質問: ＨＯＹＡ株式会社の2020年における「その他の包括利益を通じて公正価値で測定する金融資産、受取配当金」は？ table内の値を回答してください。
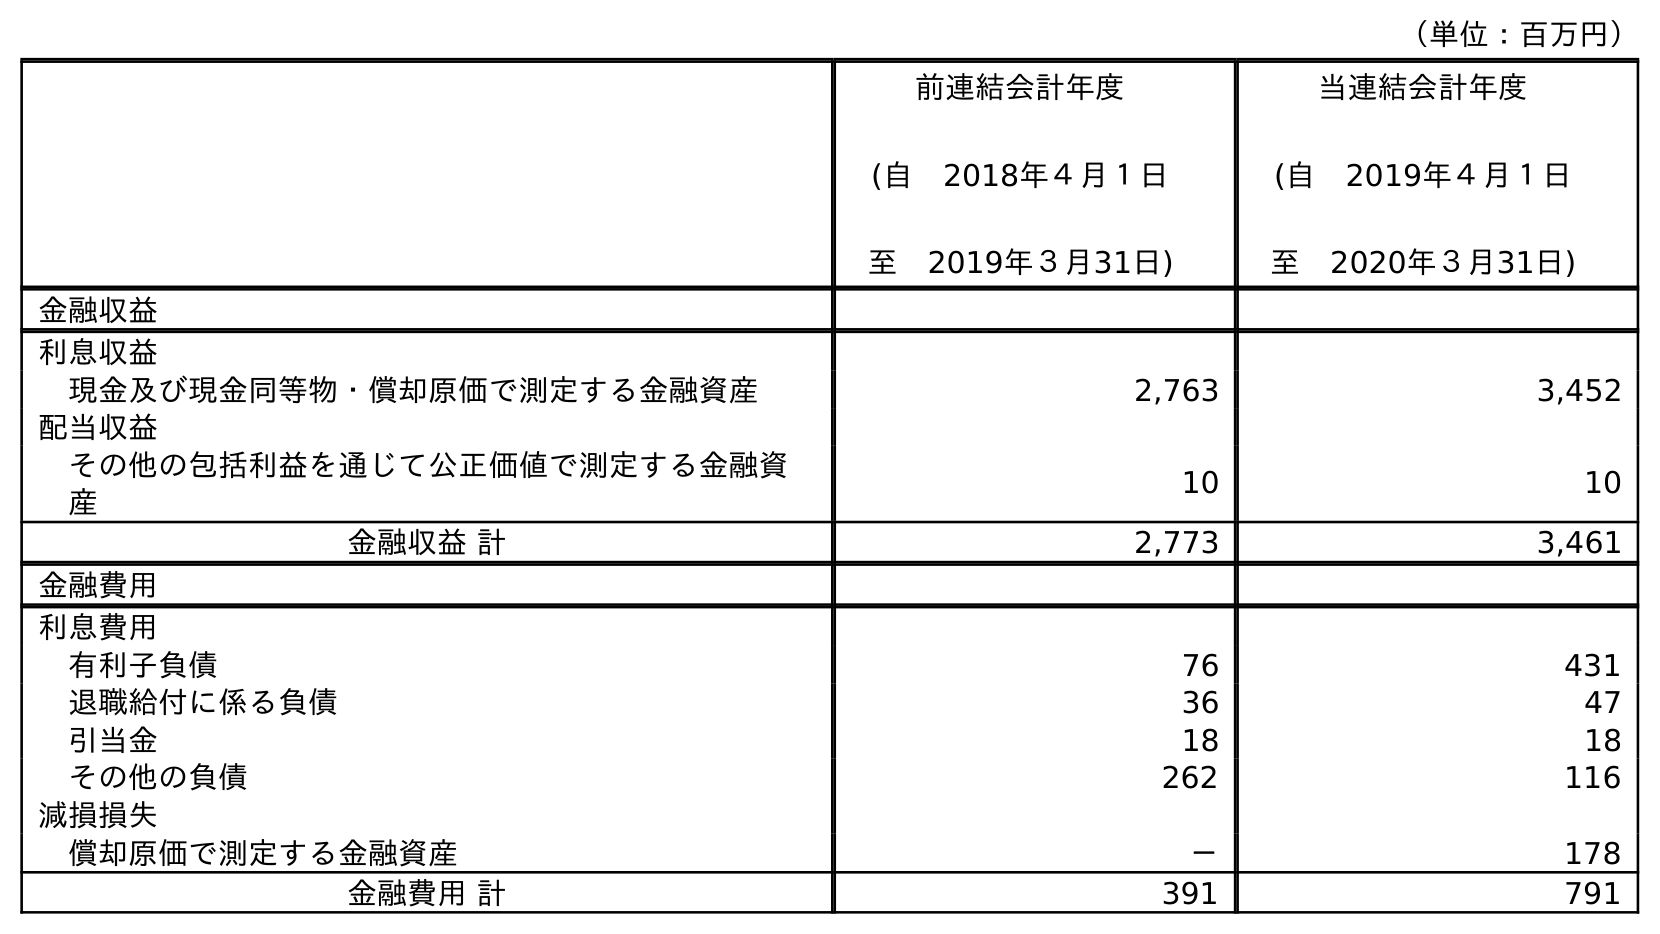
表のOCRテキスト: （単位：百万円） 前連結会計年度 (自 2018年４月１日 至 2019年３月31日) 当連結会計年度 (自 2019年４月１日 至 2020年３月31日) 金融収益 利息収益 現金及び現金同等物・償却原価で測定する金融資産 2,763 3,452 配当収益 その他の包括利益を通じて公正価値で測定する金融資 産 10 10 金融収益 計 2,773 3,461 金融費用 利息費用 有利子負債 76 431 退職給付に係る負債 36 47 引当金 18 18 その他の負債 262 116 減損損失 償却原価で測定する金融資産 － 178 金融費用 計 391 791
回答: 10